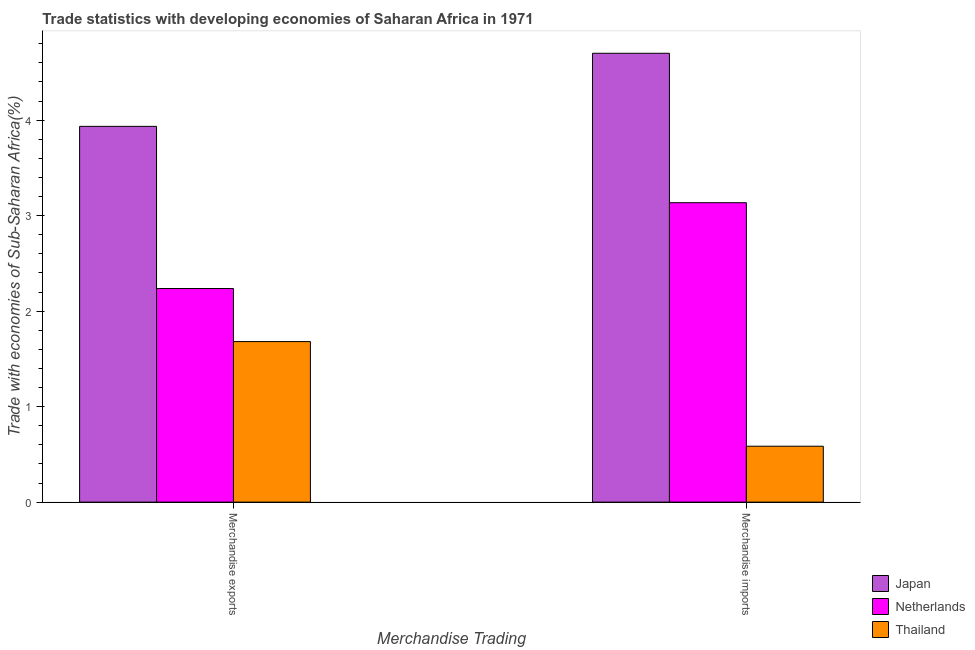
| Merchandise Trading | Japan | Netherlands | Thailand |
 | --- | --- | --- | --- |
 | Merchandise exports | 3.93 | 2.24 | 1.68 |
 | Merchandise imports | 4.7 | 3.14 | 0.586 |